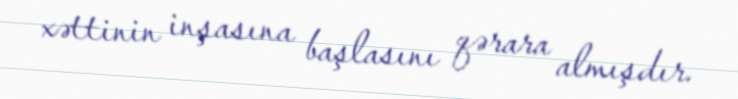
xəttinin inşasına başlasını qərara almışdır.